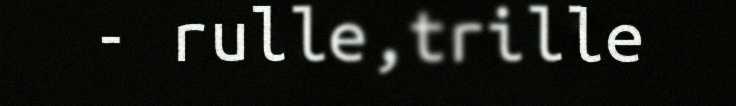
- rulle,trille